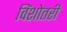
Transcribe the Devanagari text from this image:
विंशोतरी